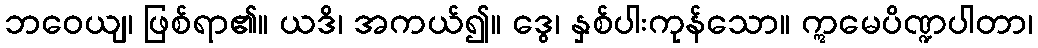
ဘဝေယျ၊ ဖြစ်ရာ၏။ ယဒိ၊ အကယ်၍။ ဒွေ၊ နှစ်ပါးကုန်သော။ ဣမေပိဏ္ဍပါတာ၊